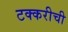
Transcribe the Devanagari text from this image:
टक्करीची